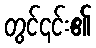
တွင်၎င်း၏